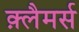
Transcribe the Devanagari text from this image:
क़्लैमर्स